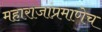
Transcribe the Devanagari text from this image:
महाराजांप्रमाणेच